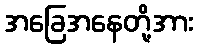
အခြေအနေတို့အား